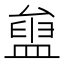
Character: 𥂒